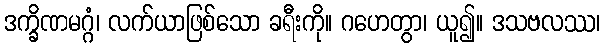
ဒက္ခိဏမဂ္ဂံ၊ လက်ယာဖြစ်သော ခရီးကို။ ဂဟေတွာ၊ ယူ၍။ ဒသဗလဿ၊